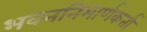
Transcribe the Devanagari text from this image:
भवननिमार्णकर्ता